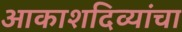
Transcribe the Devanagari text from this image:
आकाशदिव्यांचा